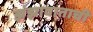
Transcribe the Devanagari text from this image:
झंझावाताची